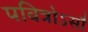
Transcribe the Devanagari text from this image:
पवित्रोऽसौ